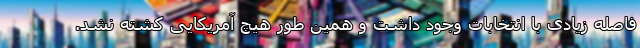
فاصله زیادی با انتخابات وجود داشت و همین طور هیچ آمریکایی کشته نشد.